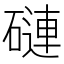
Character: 䃛